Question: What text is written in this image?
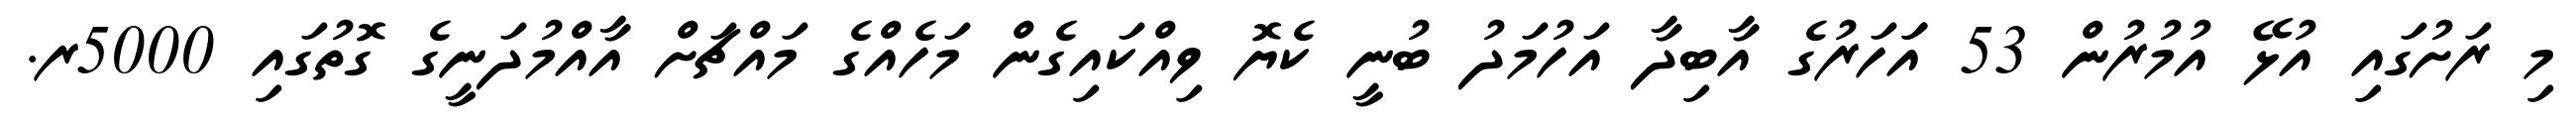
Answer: މި ރަށުގައި އުޅޭ އުމުރުން 53 އަަހަރުގެ އާބިދާ އަހުމަދު ބުނީ ކެޔޮ ވިއްކައިގެން މަހެއްގެ މައްޗަށް އާއްމުދަނީގެ ގޮތުގައި 5000ރ.